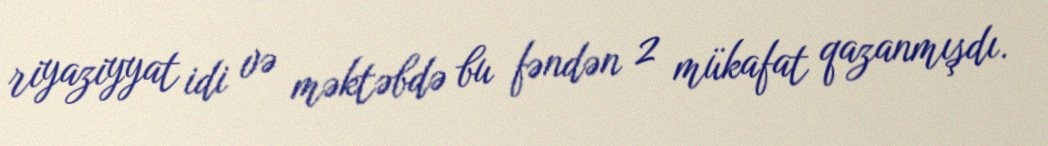
riyaziyyat idi və məktəbdə bu fəndən 2 mükafat qazanmışdı.